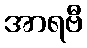
အာရဗီ